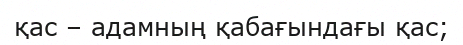
қас – адамның қабағындағы қас;